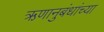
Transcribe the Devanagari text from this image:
ऋणानुबंधांच्या